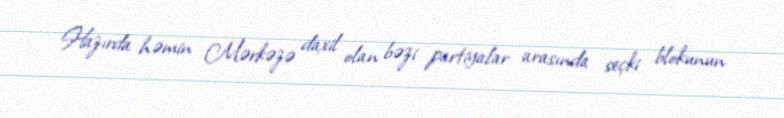
Hazırda həmin Mərkəzə daxil olan bəzi partiyalar arasında seçki blokunun